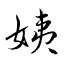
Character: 姨